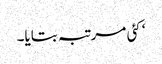
‘ کئی مرتبہ بتایا۔